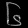
Digit: ၆